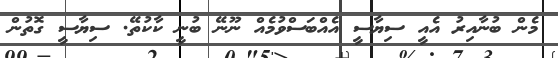
މެން ބުނާއިރު އެއީ ސިޔާސީ އެއްބަސްވުމެއް ނޫނޭ ބުނީ ކާކުތޭ. ސިޔާސީ ގޮތުން